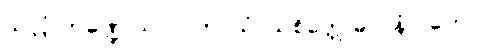
သလ္လံ ကဏ္ဍေ သလာကာယံ၊ သုစိတ္တေ ဓာဝနံ ဂတေ။